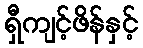
ရှီကျင့်ဖိန်နှင့်